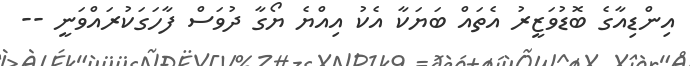
އިންޑިއާގެ ބޮޑުވަޒީރު އެތައް ބަޔަކާ އެކު އިއްޔެ ޔޯގާ ދުވަސް ފާހަގަކުރައްވަނީ --